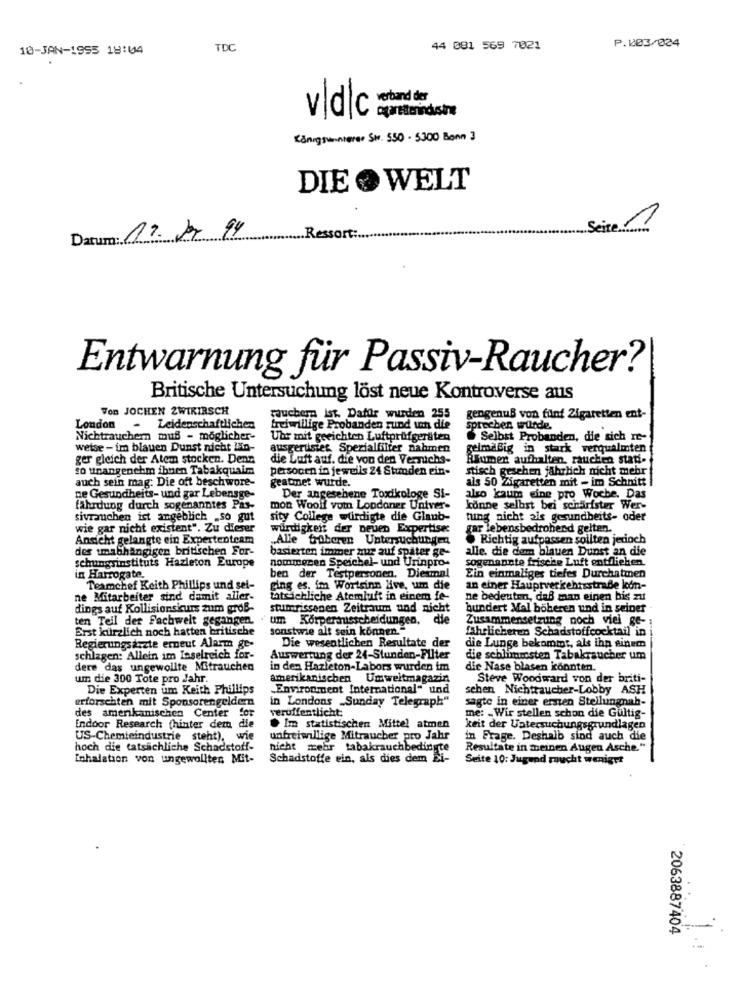
P.203/024
10-JAN-1955 18:04
TDC
44 081 569 7021
Königswinterse Str. 550 - 5300 Bonn 3
DIE WELT
Datum: 19. 17 94
.Ressort :.
Entwarnung für Passiv-Raucher?
Britische Untersuchung löst neue Kontroverse aus
Von JOCHEN ZWIKIRSCH
rauchera 1st. Dafür wurden 255
gengenuß von fünf Zigaretten ent-
London -
Leidenschaftlichen
freiwillige Probanden rund um die
sprechen würde.
Nichtrauchern muß - moglicher-
Uhr mit geeichten Luftprüfgeräten
Selbst Probanden, die sich re-
weise - im blauen Dunst nicht In-
ausgerüstet Spezialfilter nahmen
geimaßig in stark verqualmten
ger gleich der Atem stocken. Denn
die Luft auf. die von den Vernichs-
Riumen aufhalten, rauchen stati-
10 unangenehm ibnen Tabakquaim
personen in jeweils 24 Stunden ein-
stisch gesehen jährlich nicht mehr
auch sein mag: Die oft beschwore-
geatmet wurde.
als 50 Zigaretten mit - im Schnitt
ne Gesundheits- und gar Lebensge-
Der angesehene Toxikologe Si-
also kaum eine pro Woche. Das
fahrdung durch sogenanntes Pas-
mon Woolf vom Londoner Univer-
könne selbst bei schärfster Wer-
sivrauchen ist angeblich _so gut
sity College würdigte die Glaub-
tung nicht als gesundheits- oder
wie gar nicht existent". Zu dieser
wirdigken der neuen Expertise:
gar lebensbedrohend gelten.
Ansicht gelangte ein Expertenteam
Alle Groberen Untersuchungen
Richtig aufpassen sollten jedoch
des tmabhängigen britischen For-
basierten immer nur auf später ge-
alle, die dem blauen Dunst an die
schungsinstituts Hazleton Europe
nommeren Speichel- und Urinpro-
sogenannte frische Luft entfliehen.
in Harrogate.
ben der Testpersonen. Diesmal
Ein einmaliges tiefes Durchatmen
Teamchef Keith Phillips und sei-
ging es. im Wortsinn live, um die
an einer Hauptverkehrsstraße kon-
ne Mitarbeiter sind damit aller-
tatsächliche Atemluft in einem fe-
ne bedeuten, daß man einen bis zu
dings auf Kollisionskurs zum groß-
stumrissenen Zeitraum und nicht
hundert Mal boberen und in seiner
ten Teil der Fachwelt gegangen.
um Körpermusscheidungen, die
Zusammensetzung noch viel ge-
Erst kürzlich noch hatten britische
sonstwie alt sein können."
fahrlicheres Schadstoffcocktail in
Die wesentlichen Resultate der
Regierungsarzte erneut Alarm ge-
die Lunge bekomtot, als ihn einem
schlagen: Allein im Inselreich for-
Auswertung der 24-Stunden-Filter
die schlimmsten Tabakraucher um
dere das ungewollte Mitrauchen
in den Hazleton-Labors wurden im
die Nase blasen konnten.
um die 300 Tote pro Jahr.
amerikanischen Umweltmagazin
Steve Woodward von der briti-
Die Experten um Keith Phillips
Environment International" und
sehen Nichtraucher-Lobby ASH
erforschten mit Sponsorengeldern
sagte in einer ersten Stellungnah-
des amerikanischen Center
for
in Londons _Sunday Telegraph"
veruffentlicht:
me: - Wir stellen schon die Gultig-
Indoor Research (hinter dem die
. Im statistischen Mittel atmen
keit der Untersuchungsgrundlagen
US-Chemieindustrie steht).
wie
unfreiwillige Mitraucher pro Jahr
in Frage. Deshalb sind auch die
hoch die tatsächliche Schadstoff-
nicht mehr tabakrauchbedingte
Resultate in meinen Augen Asche."
Inhalation von ungewollten Mit-
Schadstoffe ein, als dies dem Ei-
Seite 10: Jugend raucht weniger
2063887404